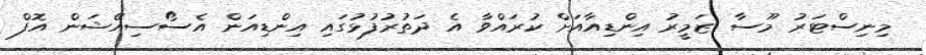
މިނިސްޓަރު މޫސާ ޒަމީރު އިންޑިއާއަށް ކުރައްވާ އެ ދަތުރުފުޅުގައި އިންޑިއަން އެސޯސިއޭޝަން އޮފް